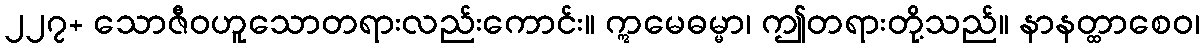
၂၂၇+ သောဇီဝဟူသောတရားလည်းကောင်း။ ဣမေဓမ္မာ၊ ဤတရားတို့သည်။ နာနတ္ထာစေဝ၊